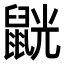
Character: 𪕓